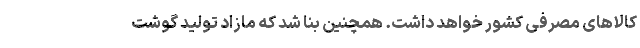
کالا‌های مصرفی کشور خواهد داشت. همچنین بنا شد که مازاد تولید گوشت